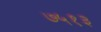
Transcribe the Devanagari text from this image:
७५१३